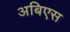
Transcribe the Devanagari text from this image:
अबिएस